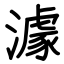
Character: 澽